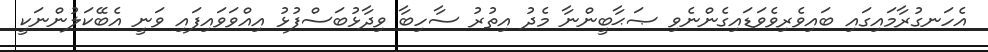
އެހަނގުރާމައިގައި ބައިވެރިވެވަޑައިގެންނެވި ޞަޙާބީންނާ މެދު އިތުރު ސާހިބާ ވިދާޅުބަސްފުޅު އިއްވަވައިފައި ވަނީ އެބޭކަލުންނަކީ